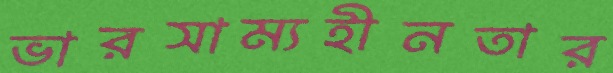
ভারসাম্যহীনতার